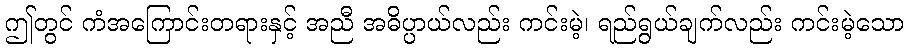
ဤတွင် ကံအကြောင်းတရားနှင့် အညီ အဓိပ္ပာယ်လည်း ကင်းမဲ့၊ ရည်ရွယ်ချက်လည်း ကင်းမဲ့သော